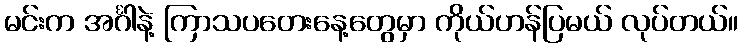
မင်းက အင်္ဂါနဲ့ ကြာသပတေးနေ့တွေမှာ ကိုယ်ဟန်ပြမယ် လုပ်တယ်။